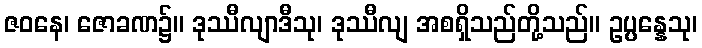
ဇဝနေ၊ ဇောခဏ၌။ ဒုဿီလျာဒီသု၊ ဒုဿီလျ အစရှိသည်တို့သည်။ ဥပ္ပန္နေသု၊